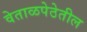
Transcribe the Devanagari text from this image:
वेताळपेठेतील